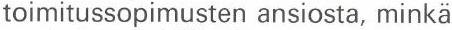
toimitussopimusten ansiosta, minkä